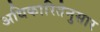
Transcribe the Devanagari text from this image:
अधिकारितेनुसार